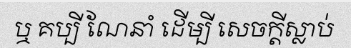
ឬ គប្បី ណែនាំ ដើម្បី សេចក្តីស្លាប់